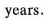
years.